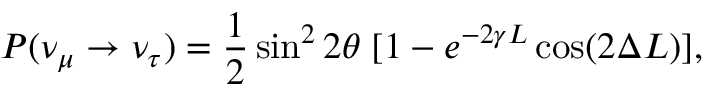
P ( \nu _ { \mu } \to \nu _ { \tau } ) = \frac { 1 } { 2 } \sin ^ { 2 } 2 \theta \; [ 1 - e ^ { - 2 \gamma L } \cos ( 2 \Delta L ) ] ,